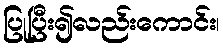
ပြုပြီး၍လည်းကောင်း၊